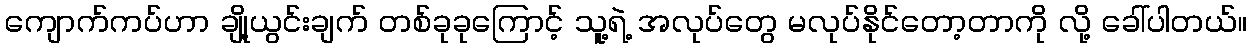
ကျောက်ကပ်ဟာ ချို့ယွင်းချက် တစ်ခုခုကြောင့် သူ့ရဲ့ အလုပ်တွေ မလုပ်နိုင်တော့တာကို လို့ ခေါ်ပါတယ်။